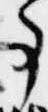
事